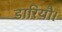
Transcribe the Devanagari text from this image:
डारियौ।